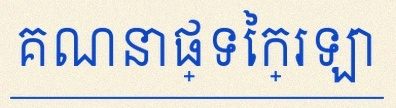
គណនាផ្ទៃក្រឡា